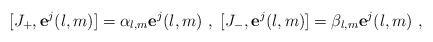
LaTeX: \begin{align*} [J_+,\mathbf{e}^j(l,m)]=\alpha_{l,m}\mathbf{e}^j(l,m) \ , \ [J_-,\mathbf{e}^j(l,m)]=\beta_{l,m}\mathbf{e}^j(l,m) \ , \end{align*}